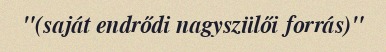
"(saját endrődi nagyszülői forrás)"